system: You are a helpful assistant.
user:
Analyze the provided spectrum to determine if it is a **White Dwarf (WD)**.

A White Dwarf spectrum is defined by its **extreme purity** (due to gravitational settling) and/or **extreme pressure broadening** (due to high surface gravity). You must check for one of the following mutually exclusive signatures:

- **Key Visual Indicators (Check for ONE of these types):**

    - **1. DA-Type Signature (Most Common):**
        - **(Primary Feature):** Extreme pressure broadening (Stark broadening) of the **Hydrogen (H) Balmer lines**.
        - **(Key Lines):** $H\beta$ (approx. $4861$ Å) and $H\gamma$ (approx. $4340$ Å). $H\alpha$ (approx. $6563$ Å) will also be present if the wavelength range covers it.
        - **(Line Profile):** This is the **defining feature**. The lines are **NOT** sharp. They appear as massive, **extremely broad and deep "troughs" or "dips"** in the spectrum, often hundreds of Ångströms wide. The continuum will appear to "scoop" down at these wavelengths.
        - **(Distinction):** Normal A-type or B-type stars have *narrow* and *sharp* Hydrogen lines. A DA White Dwarf's lines are unmistakably "smeared" or "blurry" from pressure.

    - **2. DB-Type Signature:**
        - **(Primary Feature):** Broad absorption lines from **Neutral Helium (He I)**. The spectrum must lack any visible Hydrogen lines.
        - **(Key Lines):** Look for broad absorption near $4471$ Å, $4921$ Å, and $5876$ Å.
        - **(Line Profile):** These lines are also significantly pressure-broadened, appearing much wider than they would in a normal B-type main-sequence star.

    - **3. DC-Type Signature:**
        - **(Primary Feature):** A **featureless continuous spectrum**.
        - **(Line Profile):** The spectrum is a smooth curve with **no significant absorption or emission lines**.
        - **(Key Confirmation):** The continuum is almost always **blue or white**, indicating a hot object. This signature implies the atmosphere is so pure (or so cool) that no spectral lines are visible in the optical range. Its WD identity is confirmed by its extremely low intrinsic brightness (high absolute magnitude).

    - **4. DZ-Type Signature (Metal-Polluted):**
        - **(Primary Feature):** **Isolated, narrow metal absorption lines** on an otherwise featureless (DC-like) continuum.
        - **(Key Lines):** The **Calcium (Ca II) H & K doublet** (approx. **$3934$ Å** and **$3968$ Å**) is the most common and defining feature.
        - **(Line Profile):** These lines are "out of place." They are *not* part of a "forest" of thousands of lines. This signature is evidence of recent *accretion* (pollution) from rocky debris.
        - **(Distinction):** Normal G/K/M stars have a *dense forest* of thousands of metal lines. A DZ has a *clean* continuum with *only a few* strong metal lines.

    - **5. DQ-Type Signature (Carbon-Polluted):**
        - **(Primary Feature):** Absorption bands from **Carbon (C₂ "Swan Bands" or atomic C I)**.
        - **(Key Lines - C₂):** Look for bandheads with a "saw-tooth" shape near $5635$ Å, **$5165$ Å** (strongest), and $4737$ Å.
        - **(Key Confirmation):** The underlying **continuum must be blue or white** (hot).
        - **(Distinction):** This is the critical difference from a **Carbon Star**, which has the *exact same* C₂ bands but on an extremely **red, cool** continuum.

- **(Overall Spectrum):**
    - The continuum (overall shape) is typically **blue-sloping** (brighter in the blue than the red), as most white dwarfs are very hot.
    - The spectrum will look "pure" or "simple," dominated by only *one* of the five signatures listed above.

Think first, call **spectral_visualization_tool** if needed to examine features in detail, then provide your final answer. Your response must adhere to the following strict rules:
1.  **Overall Structure:** Your response must follow the format `<think>...</think> <tool_call>...</tool_call> (if a tool is used) <answer>...</answer>`.
2.  **Tool Usage Constraint:** You may only make **one** tool call per turn.
3.  **Final Answer Format:** In the `<answer>` tag, your conclusion must be inside a `\boxed{}` command (e.g., `\boxed{YES}` or `\boxed{NO}`), followed by your justification.

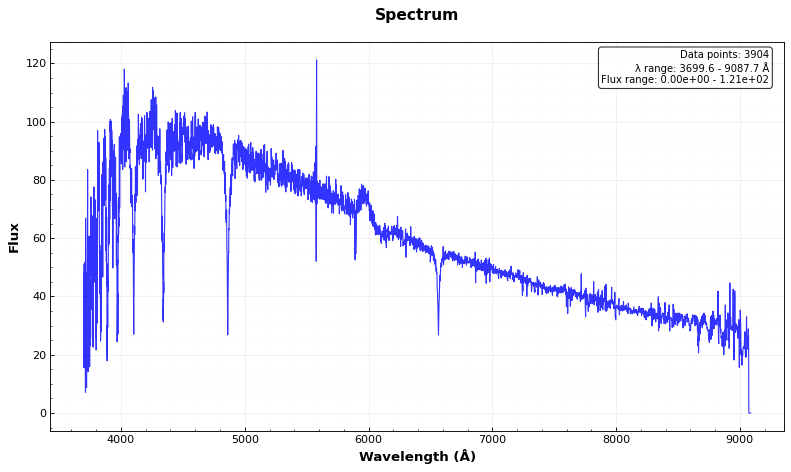
Answer: NO